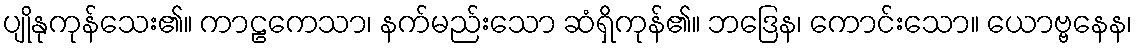
ပျိုနုကုန်သေး၏။ ကာဠကေသာ၊ နက်မည်းသော ဆံရှိကုန်၏။ ဘဒြေန၊ ကောင်းသော။ ယောဗ္ဗနေန၊